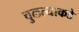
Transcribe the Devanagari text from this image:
चुलत्याकडे